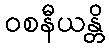
ဝစနီယန္တိ